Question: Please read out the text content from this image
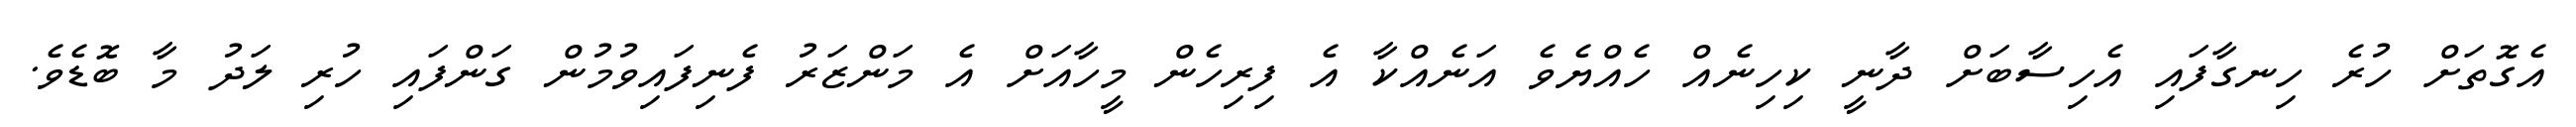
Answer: އެގޮތަށް ހުރެ ހިނގާފައި އެހިސާބަށް ދާނީ ކިހިނެއް ހެއްޔެވެ އަނެއްކާ އެ ފިރިހެން މީހާއަށް އެ މަންޒަރު ފެނިފައިވުމުން ގަންފައި ހުރި ލަދު މާ ބޮޑެވެ.